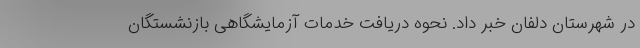
در شهرستان دلفان خبر داد. نحوه دریافت خدمات آزمایشگاهی بازنشستگان